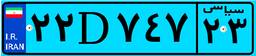
۲۲D۷۴۷۲۳